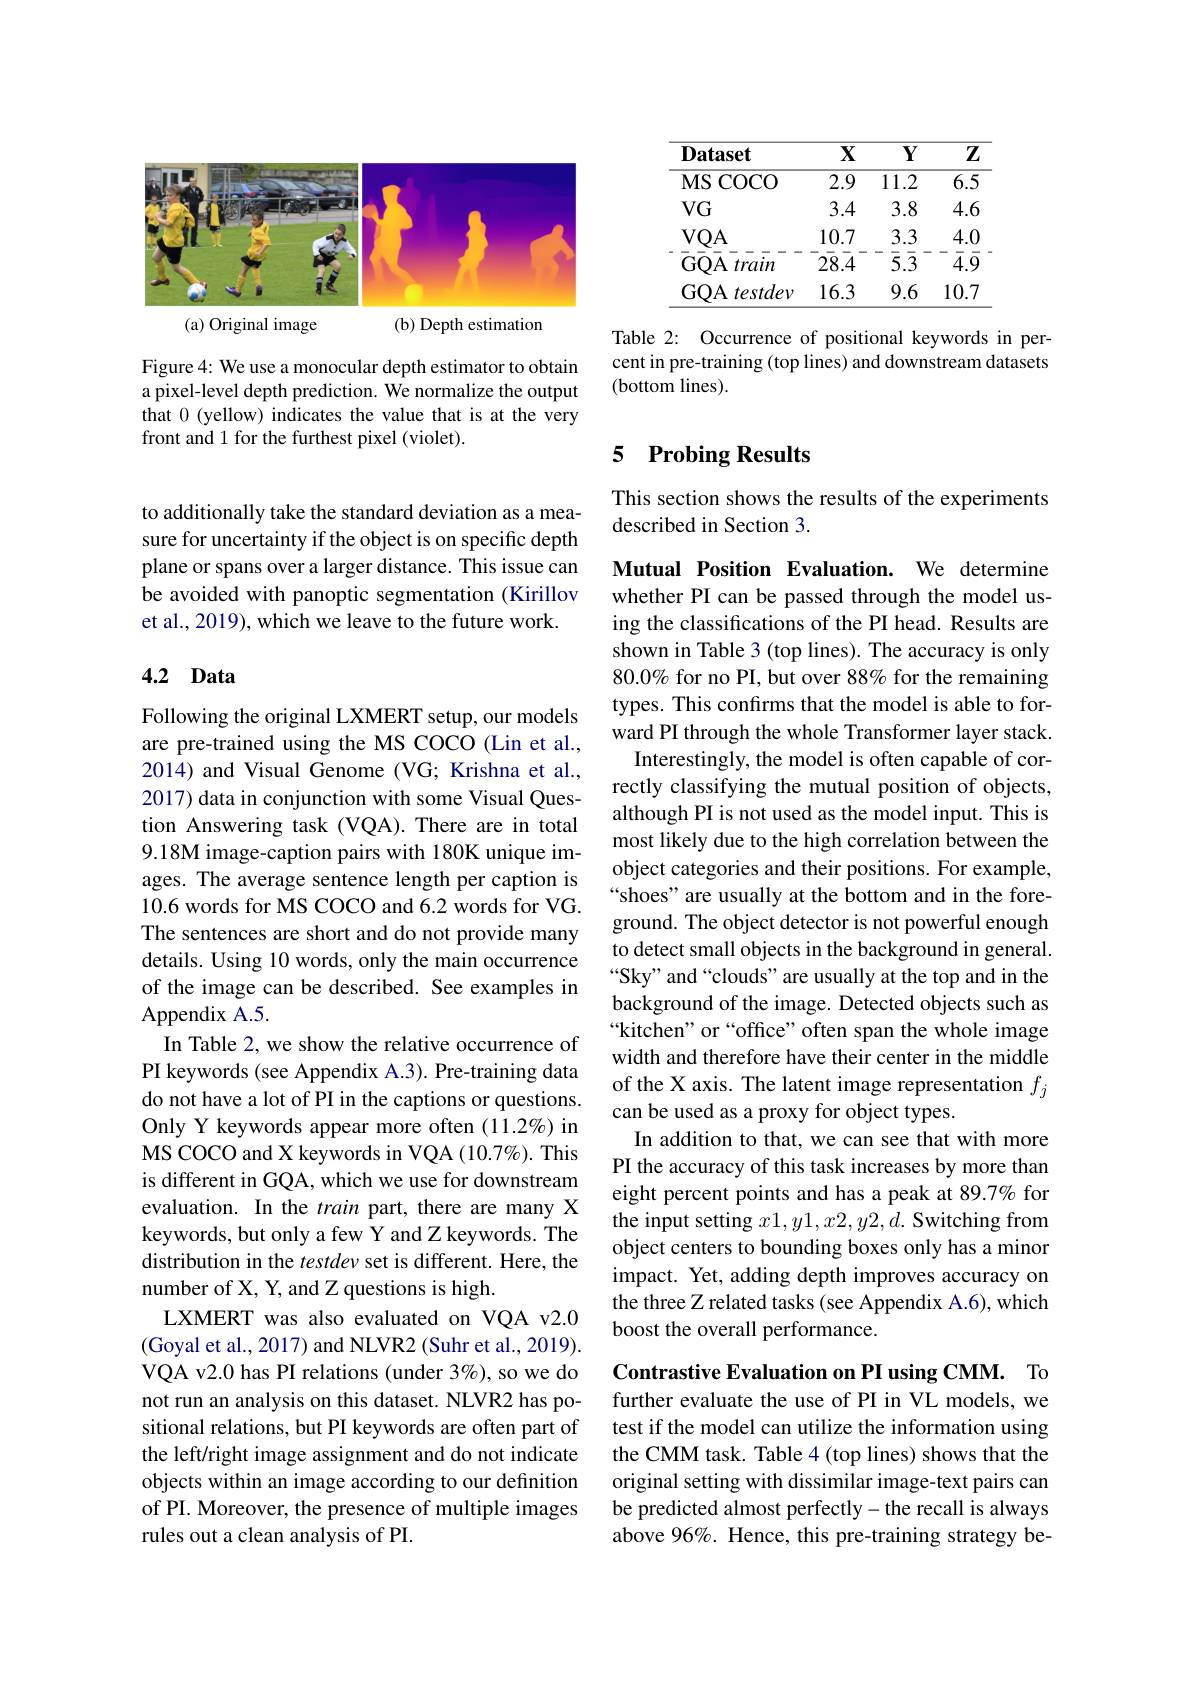
<FigureHere>

Figure 4: We use a monocular depth estimator to obtain a pixel-level depth prediction. We normalize the output that 0 (yellow) indicates the value that is at the very front and 1 for the furthest pixel (violet).

to additionally take the standard deviation as a measure for uncertainty if the object is on specific depth plane or spans over a larger distance. This issue can be avoided with panoptic segmentation (Kirillov et al., 2019), which we leave to the future work.

### 4.2 Data

Following the original LXMERT setup, our models are pre-trained using the MS COCO (Lin et al., 2014) and Visual Genome (VG; Krishna et al., 2017) data in conjunction with some Visual Question Answering task (VQA). There are in total 9.18M image-caption pairs with 180K unique images. The average sentence length per caption is 10.6 words for MS COCO and 6.2 words for VG. The sentences are short and do not provide many details. Using 10 words, only the main occurrence of the image can be described. See examples in Appendix A.5.
In Table 2, we show the relative occurrence of PI keywords (see Appendix A.3). Pre-training data do not have a lot of PI in the captions or questions. Only Y keywords appear more often (11.2%) in MS COCO and X keywords in VQA (10.7%). This is different in GQA, which we use for downstream evaluation. In the train part, there are many X keywords, but only a few Y and Z keywords. The distribution in the testdev set is different. Here, the number of X, Y, and Z questions is high.
LXMERT was also evaluated on VQA v2.0 (Goyal et al., 2017) and NLVR2 (Suhr et al., 2019). VQA v2.0 has PI relations (under 3%), so we do not run an analysis on this dataset. NLVR2 has positional relations, but PI keywords are often part of the left/right image assignment and do not indicate objects within an image according to our definition of PI. Moreover, the presence of multiple images rules out a clean analysis of PI.

<table>
	<tbody>
		<tr>
			<th>$\mathbf{Dataset}$</th>
			<th>$\mathbf{X}$</th>
			<th>$Y$</th>
			<th>$\mathbf{Z}$</th>
		</tr>
		<tr>
			<td>$MS$ COCO </td>
			<td>2.9</td>
			<td>$\overline{11.2}$</td>
			<td>$\overline{6.5}$</td>
		</tr>
		<tr>
			<td>$VG$</td>
			<td>3.4</td>
			<td>3.8</td>
			<td>4.6</td>
		</tr>
		<tr>
			<td>$\bar{\mathrm{G}}\bar{\mathrm{Q}}\bar{\mathrm{A}}^{-}\bar{train}$</td>
			<td>10. $\bar{28}.\bar{4}$</td>
			<td>3.5 $\bar{5}.\bar{3}$ </td>
			<td>4.1 $\bar{4}.$ L 1</td>
		</tr>
		<tr>
			<td>$GOA$ testdev </td>
			<td>16.3</td>
			<td>9.6</td>
			<td>10.7</td>
		</tr>
	</tbody>
</table>

Table 2: Occurrence of positional keywords in percent in pre-training (top lines) and downstream datasets (bottom lines).

### 5 $\textbf{Probing Results}$

This section shows the results of the experiments
described in Section 3.

Mutual Position Evaluation. We determine whether PI can be passed through the model using the classifications of the PI head. Results are shown in Table 3 (top lines). The accuracy is only 80.0% for no PI, but over 88% for the remaining types. This confırms that the model is able to forward PI through the whole Transformer layer stack.
Interestingly, the model is often capable of correctly classifying the mutual position of objects, although PI is not used as the model input. This is most likely due to the high correlation between the object categories and their positions. For example, “shoes” are usually at the bottom and in the foreground. The object detector is not powerful enough to detect small objects in the background in general. “Sky” and “clouds” are usually at the top and in the background of the image. Detected objects such as “kitchen" or“office” often span the whole image width and therefore have their center in the middle of the X axis. The latent image representation $f_j$ can be used as a proxy for object types.
In addition to that, we can see that with more PI the accuracy of this task increases by more than eight percent points and has a peak at 89.7% for the input setting $x1,y1,x2,y2,d.$ Switching from object centers to bounding boxes only has a minor impact. Yet, adding depth improves accuracy on the three Z related tasks (see Appendix A.6), which boost the overall performance.

Contrastive Evaluation on PI using CMM. To

further evaluate the use of PI in VL models, we test if the model can utilize the information using the CMM task. Table 4 (top lines) shows that the original setting with dissimilar image-text pairs can be predicted almost perfectly-the recall is always above 96%. Hence, this pre-training strategy be-